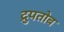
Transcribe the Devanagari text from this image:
द्रुपतोब